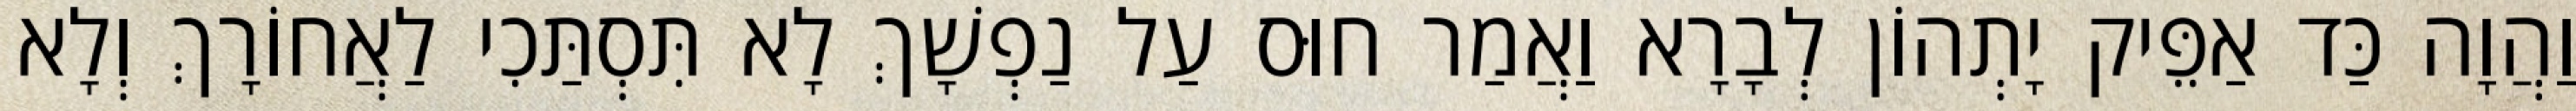
וַהֲוָה כַּד אַפֵּיק יָתְהוֹן לְבָרָא וַאֲמַר חוּס עַל נַפְשָׁךְ לָא תִּסְתַּכִי לַאֲחוֹרָךְ וְלָא